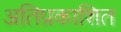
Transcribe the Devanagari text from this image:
अतिप्रकाशित